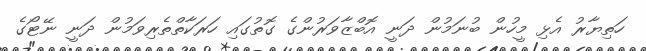
ހަތިޔާރު އެޅި މީހުން ބުނަމުން ދަނީ އޮބްޒާވަރުންގެ ގޮތުގައި ހަރަކާތްތެރިވަމުން ދަނީ ނޭޓޯގެ